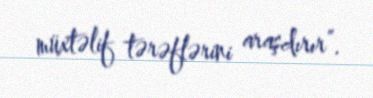
müxtəlif tərəflərini araşdırır”.